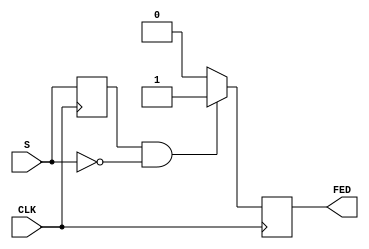
module FallingEdgeDetector (
    input wire S,      // Signal input
    input wire CLK,    // Clock input
    output reg FED     // Falling edge detected output
);

// Internal register to hold the previous state of S
reg prev_S;

// Sequential logic for detecting falling edges
always @(posedge CLK) begin
    // Sample the current state of S
    prev_S <= S;

    // Check for falling edge
    if (prev_S == 1'b1 && S == 1'b0) begin
        FED <= 1'b1;  // Falling edge detected, set FED high
    end else begin
        FED <= 1'b0;  // No falling edge, reset FED low
    end
end

endmodule